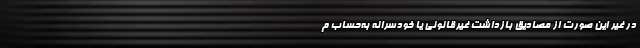
در غیر این صورت از مصادیق بازداشت غیرقانونی یا خودسرانه به‌حساب م